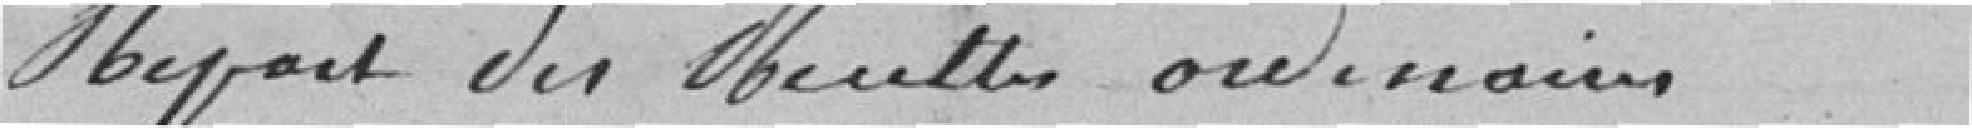
Report des recettes ordinaires